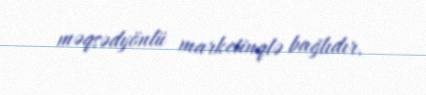
məqsədyönlü marketinqlə bağlıdır.